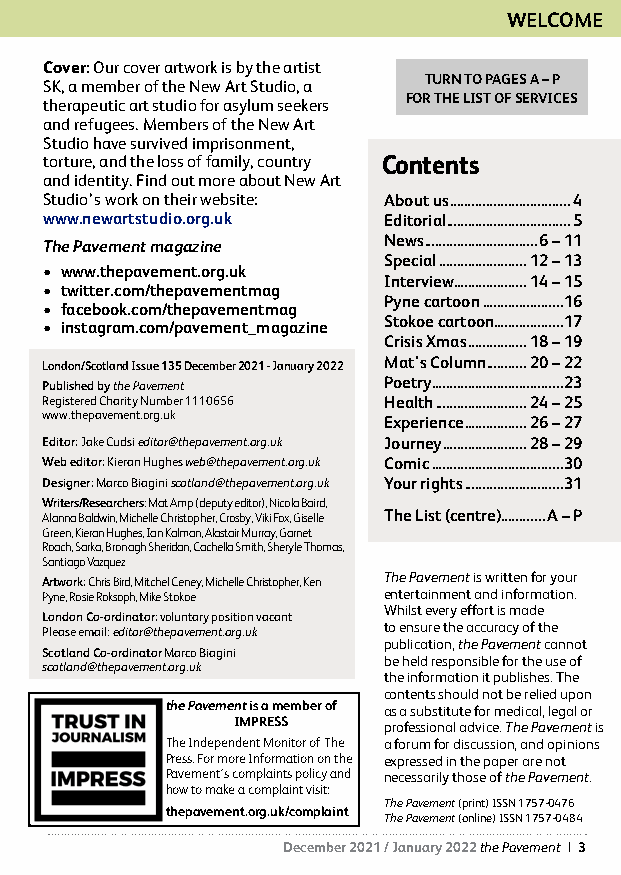
WELCOME
 Cover: Our cover artwork is by the artist §
 TURN TO PAGES A – P
 SK, a member of the New Art Studio, a
 FOR THE LIST OF SERVICES
 therapeutic art studio for asylum seekers
 and refugees. Members of the New Art
 Studio have survived imprisonment,
 torture, and the loss of family, country Contents
 and identity. Find out more about New Art
 Studio’s work on their website: About us .................................4
 www.newartstudio.org.uk Editorial ..................................5
 News ...............................6 – 11
 The Pavement magazine
 Special ........................12 – 13
 • www.thepavement.org.uk
 Interview....................14 – 15
 • twitter.com/thepavementmag
 Pyne cartoon ......................16
 • facebook.com/thepavementmag
 Stokoe cartoon...................17
 • instagram.com/pavement_magazine
 Crisis Xmas ................18 – 19
 London/Scotland Issue 135 December 2021 - January 2022 Mat's Column ...........20 – 22
 Published by the Pavement Poetry ....................................23
 Registered Charity Number 1110656 Health .........................24 – 25
 www.thepavement.org.uk Experience .................26 – 27
 Editor: Jake Cudsi editor@thepavement.org.uk Journey .......................28 – 29
 Web editor: Kieran Hughes web@thepavement.org.uk Comic ....................................30
 Designer: Marco Biagini scotland@thepavement.org.uk Your rights ...........................31
 Writers/Researchers: Mat Amp (deputy editor), Nicola Baird,
 Alanna Baldwin, Michelle Christopher, Crosby, Viki Fox, Giselle The List (centre) ............A – P
 Green, Kieran Hughes, Ian Kalman, Alastair Murray, Garnet
 Roach, Sarka, Bronagh Sheridan, Cachella Smith, Sheryle Thomas,
 Santiago Vazquez
 Artwork: Chris Bird, Mitchel Ceney, Michelle Christopher, Ken The Pavement is written for your
 Pyne, Rosie Roksoph, Mike Stokoe entertainment and information.
 Whilst every effort is made
 London Co-ordinator: voluntary position vacant
 Please email: editor@thepavement.org.uk to ensure the accuracy of the
 publication, the Pavement cannot
 Scotland Co-ordinator Marco Biagini
 be held responsible for the use of
 scotland@thepavement.org.uk
 the information it publishes. The
 contents should not be relied upon
 the Pavement is a member of as a substitute for medical, legal or
 IMPRESS   professional advice. The Pavement is
 The Independent Monitor of The a forum for discussion, and opinions
 Press. For more Information on the expressed in the paper are not
 Pavement’s complaints policy and necessarily those of the Pavement.
 how to make a complaint visit:
 The Pavement (print) ISSN 1757-0476
 thepavement.org.uk/complaint
 The Pavement (online) ISSN 1757-0484
 December 2021 / January 2022 the Pavement | 3